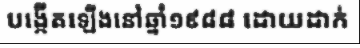
បង្កើតឡើងនៅឆ្នាំ១៩៨៨ ដោយដាក់